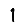
Digit: 1